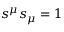
s ^ { \mu } s _ { \mu } = 1